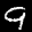
Label: 9